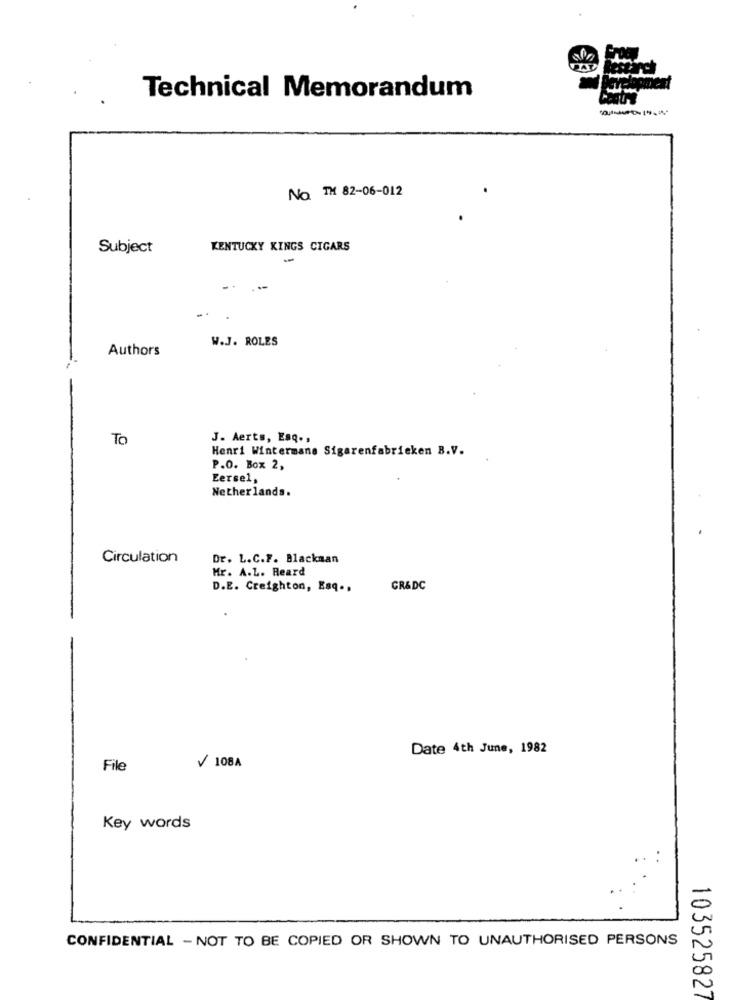
Technical Memorandum
No TH 82-06-012
Subject
KENTUCKY KINGS CIGARS
W.J. ROLES
Authors
To
J. Aerts, Esq .,
Henri Wintermans Sigarenfabrieken B.V.
P.O. Box 2,
Eersel,
Netherlands.
Circulation
Dr. L.C.F. Blackman
Mr. A.L. Reard
D.E. Creighton, Esq .,
GR&DC
Date 4th June, 1982
File
108A
Key words
CONFIDENTIAL - NOT TO BE COPIED OR SHOWN TO UNAUTHORISED PERSONS
103525827